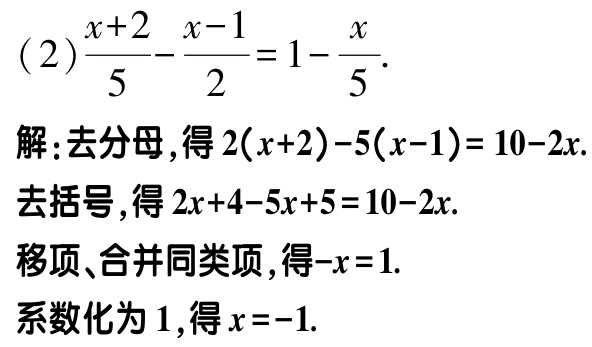
(2)$\frac{x + 2}{5} - \frac{x - 1}{2} = 1 - \frac{x}{5}$.

解:去分母,得$2(x + 2) - 5(x - 1) = 10 - 2x$.

去括号,得$2x + 4 - 5x + 5 = 10 - 2x$.

移项、合并同类项,得$-x = 1$.

系数化为1,得$x = -1$.